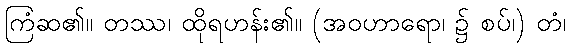
ကြံဆ၏။ တဿ၊ ထိုရဟန်း၏။ (အဝဟာရော၊ ၌ စပ်၊) တံ၊